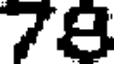
78